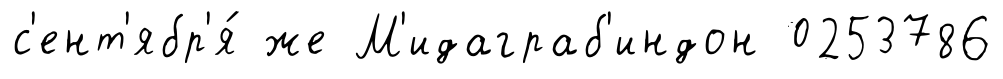
с'ент'ябр'я́ же М'идаграб'индон 0253786